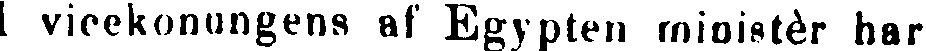
| vicekonungens af Egypten minister har